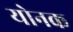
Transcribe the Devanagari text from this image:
योनक